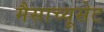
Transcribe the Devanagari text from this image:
मैसाच्यूसेट